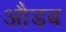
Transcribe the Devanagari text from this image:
औडब